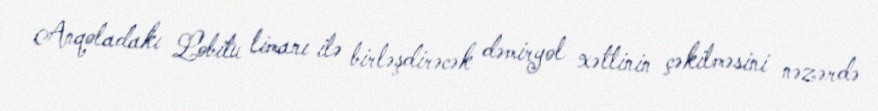
Anqoladakı Lobitu limanı ilə birləşdirəcək dəmiryol xəttinin çəkilməsini nəzərdə